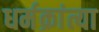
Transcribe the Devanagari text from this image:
धर्मक्रांत्या